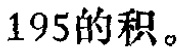
$195的积。$